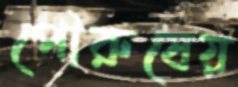
পৌরুষেয়